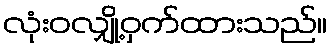
လုံးဝလျှို့ဝှက်ထားသည်။